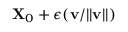
\mathbf { X } _ { 0 } + \epsilon ( \mathbf { v } / | | \mathbf { v } | | )